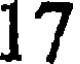
17